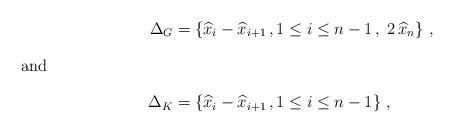
LaTeX: \begin{align*} \Delta_G&=\left\{ \widehat{x}_i-\widehat{x}_{i+1}\,, 1\leq i\leq n-1\,,\; 2\,\widehat{x}_{n}\right\}\,,\\ \intertext{and} \Delta_K&=\left\{\widehat{x}_i-\widehat{x}_{i+1}\,, 1\leq i\leq n-1\right\}\,,\end{align*}